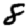
Digit: 8